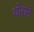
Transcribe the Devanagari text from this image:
थोराने